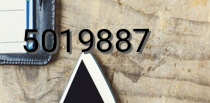
5019887